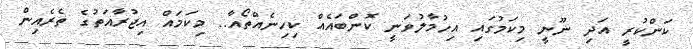
ކަންކުރީ އަދި ނޫނީ މިކަމުގައި އިހުމާލުވަނީ ކޮންބައެއް ކިހިނެއްތޯއާ.. މިކަމައް އިޖުރާއަތުގެ ތެރެއިން